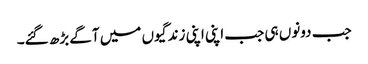
جب دونوں ہی جب اپنی اپنی زندگیوں میں آگے بڑھ گئے۔